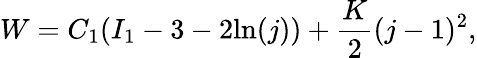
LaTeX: W=C_{1}(I_{1}-3-2\mathrm{ln}(j))+\frac{K}{2}(j-1)^{2},